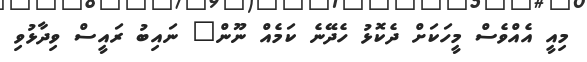
މިއީ އެއްވެސް މީހަކަށް ދެކޮޅު ހެދޭނެ ކަމެއް ނޫން" ނައިބު ރައީސް ވިދާޅުވި